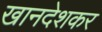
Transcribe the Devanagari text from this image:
खानदेशकर